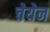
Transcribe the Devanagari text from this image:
चेयेन